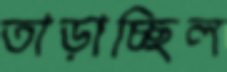
তাড়াচ্ছিল